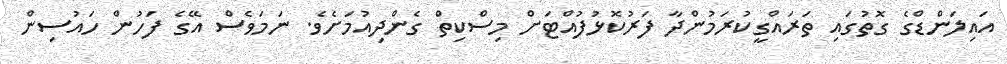
އައިލަންޑްގެ ގޮތުގައި ތަރައްގީކުރަމުންދާ ފަރުކޮޅުފުއްޓަށް މިސްކިތް ގެންދިއުމަށެވެ. ނަމަވެސް އޭގެ ފަހުން ހައުސިން